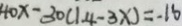
4 0 x - 3 0 ( 1 4 - 3 x ) = - 1 6